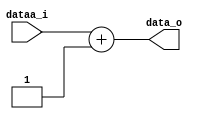
//------------------------------------------
//		PC COUNTER
//------------------------------------------
`timescale 10 ns/100 ps

module alupc 
#(
	parameter ADDRRAM_WIDTH = 10
)
(
	dataa_i,
	data_o
);

input wire [(ADDRRAM_WIDTH-1):0] dataa_i;
output wire [(ADDRRAM_WIDTH-1):0] data_o;

assign data_o = dataa_i + 1'b1;

endmodule